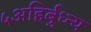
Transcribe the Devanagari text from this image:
५अहिर्बुध्न्य